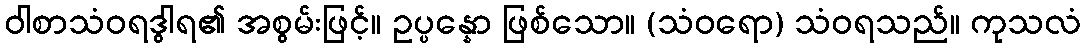
ဝါစာသံဝရဒွါရ၏ အစွမ်းဖြင့်။ ဥပ္ပန္နော ဖြစ်သော။ (သံဝရော) သံဝရသည်။ ကုသလံ